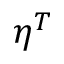
\eta ^ { T }